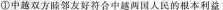
①中越双方睦邻友好符合中越两国人民的根本利益